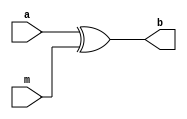

module XORmessage(a,m,b);

input [63:0] a;
input [63:0] m;
output[63:0] b;

assign b = a ^ m;

endmodule